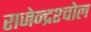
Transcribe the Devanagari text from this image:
राजेन्द्रश्चोल